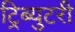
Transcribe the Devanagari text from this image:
ट्रिब्युटरी